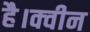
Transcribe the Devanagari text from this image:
है।क्वीन